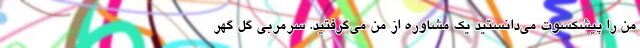
من را پیشکسوت می‌دانستید یک مشاوره از من می‌گرفتید. سرمربی گل گهر